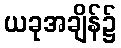
ယခုအချိန်၌